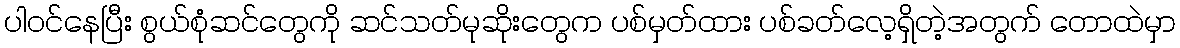
ပါဝင်နေပြီး စွယ်စုံဆင်တွေကို ဆင်သတ်မုဆိုးတွေက ပစ်မှတ်ထား ပစ်ခတ်လေ့ရှိတဲ့အတွက် တောထဲမှာ